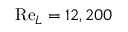
\mathrm { R e } _ { L } = 1 2 , 2 0 0